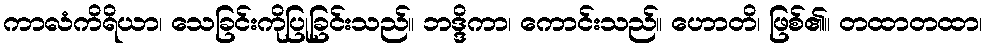
ကာလံကိရိယာ၊ သေခြင်းကိုပြုခြင်းသည်။ ဘဒ္ဒိကာ၊ ကောင်းသည်။ ဟောတိ၊ ဖြစ်၏။ တထာတထာ၊